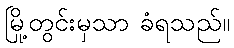
မြို့တွင်းမှသာ ခံရသည်။